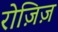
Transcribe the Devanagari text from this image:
रोज़िज़